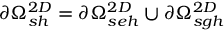
\partial \Omega _ { s h } ^ { 2 D } = \partial \Omega _ { s e h } ^ { 2 D } \cup \partial \Omega _ { s g h } ^ { 2 D }